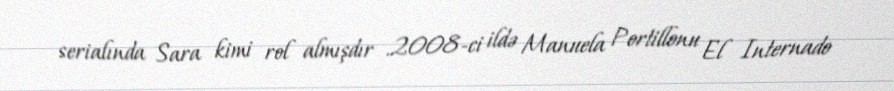
serialında Sara kimi rol almışdır .2008-ci ildə Manuela Portillonu El Internado